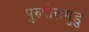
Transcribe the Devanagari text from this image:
पुरुषोत्तमुडु